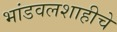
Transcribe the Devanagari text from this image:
भांडवलशाहीचे